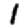
Digit: 1